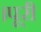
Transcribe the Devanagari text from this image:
।पूरी